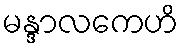
မန္ဒာလကေဟိ